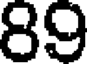
89